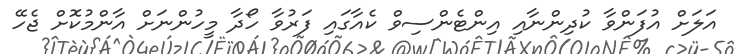
އަލަށް އުފަންވާ ކުދިންނާއި އިންޓެންސިވް ކެއާގައި ފަރުވާ ހޯދާ މީހުންނަށް އާންމުކޮށް ޖެހޭ